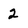
Character: 2